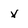
Character: x